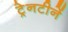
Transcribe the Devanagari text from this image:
ट्रेनटीनें